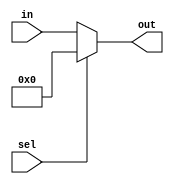
module flush_unit

	#(parameter WIDTH = 32)
	
	(
		input			[WIDTH-1:0]		in,
		input								sel,
		output		[WIDTH-1:0]		out
	);
	
	assign out = sel ? 1'b0 : in;
	
endmodule